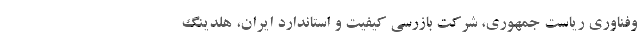
و‌فناوری ریاست جمهوری، شرکت بازرسی کیفیت و استاندارد ایران، هلدینگ